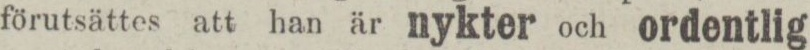
förutsättes att han är nykter och ordentlig